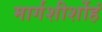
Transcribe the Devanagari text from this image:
मार्गशीर्शोहं